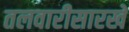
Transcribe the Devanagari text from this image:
तलवारीसारखे